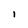
Character: 1